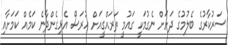
ސަރުކާރުގެ ބެލުމުގެ ދަށަށް ނެގުމަކީ ގައުމީ ތަރައްގީއަށް ހުރަސް އެޅިގެންދާނެ ކަމެއް ކަމަށާއި